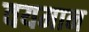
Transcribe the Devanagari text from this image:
वयमान